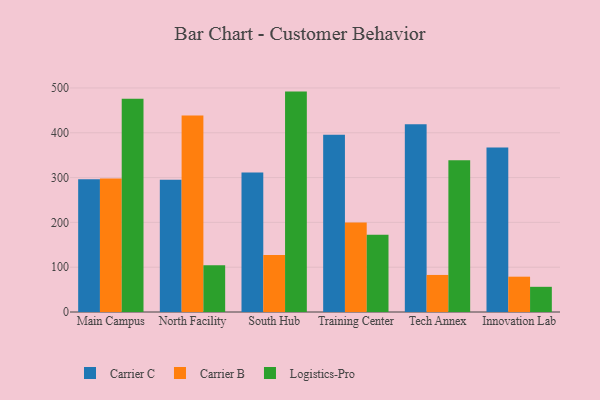
{"axis": {"x": "Campus", "y": "LTV (USD)"}, "legend": ["Carrier B", "Carrier C", "Logistics-Pro"], "data": [{"x": "Main Campus", "y": 296.2, "type": "Carrier C"}, {"x": "Main Campus", "y": 297.9, "type": "Carrier B"}, {"x": "Main Campus", "y": 475.7, "type": "Logistics-Pro"}, {"x": "North Facility", "y": 295.0, "type": "Carrier C"}, {"x": "North Facility", "y": 438.5, "type": "Carrier B"}, {"x": "North Facility", "y": 104.5, "type": "Logistics-Pro"}, {"x": "South Hub", "y": 311.1, "type": "Carrier C"}, {"x": "South Hub", "y": 127.3, "type": "Carrier B"}, {"x": "South Hub", "y": 491.9, "type": "Logistics-Pro"}, {"x": "Training Center", "y": 395.4, "type": "Carrier C"}, {"x": "Training Center", "y": 199.8, "type": "Carrier B"}, {"x": "Training Center", "y": 172.4, "type": "Logistics-Pro"}, {"x": "Tech Annex", "y": 419.3, "type": "Carrier C"}, {"x": "Tech Annex", "y": 82.7, "type": "Carrier B"}, {"x": "Tech Annex", "y": 338.9, "type": "Logistics-Pro"}, {"x": "Innovation Lab", "y": 367.3, "type": "Carrier C"}, {"x": "Innovation Lab", "y": 78.8, "type": "Carrier B"}, {"x": "Innovation Lab", "y": 56.2, "type": "Logistics-Pro"}]}